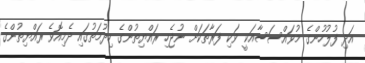
އަދި ފުލުހުންގެ މުވައްސަސާއަކީ ވަކި ފަރާތަކަށް ނުޖެހި ރައްޔިތުންގެ ހިދުމަތުގައި ދެމިއޮވެ ރައްޔިތުންގެ